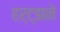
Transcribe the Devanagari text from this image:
हर्ट्झने